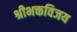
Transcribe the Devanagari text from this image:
श्रीभक्तविजय